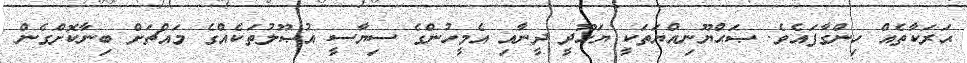
ޙަރަކާތެއް ހިންގާފައެވެ. ޞަޙްޔޫނިއްޔަތަކީ ޔަހޫދީ ދީނާއި އެމީހުންގެ ސިޔާސީ އުޞޫލުތަކެއްގެ މައްޗަށް ބިނާކޮށްގެން